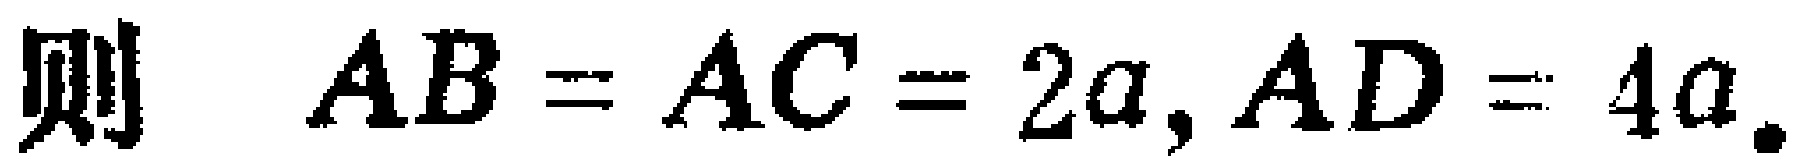
则 \(AB = AC = 2a, AD = 4a.\)